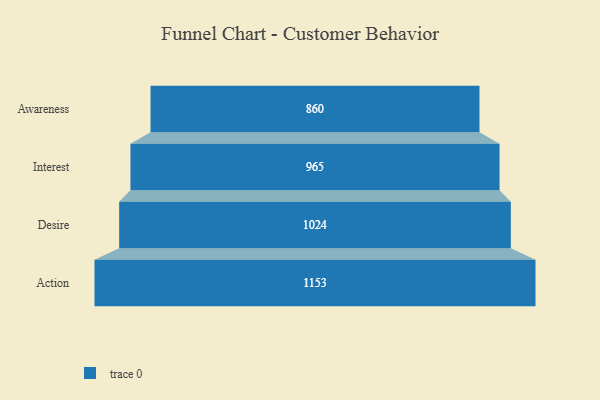
{"axis": {"x": "Stage", "y": "Value"}, "legend": [""], "data": [{"x": "Awareness", "y": 860.0, "type": ""}, {"x": "Interest", "y": 965.0, "type": ""}, {"x": "Desire", "y": 1024.0, "type": ""}, {"x": "Action", "y": 1153.0, "type": ""}]}